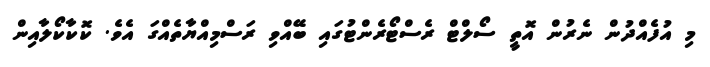
މި އުފެއްދުން ނެރުން އޮތީ ސޯލްޓް ރެސްޓޯރެންޓުގައި ބޭއްވި ރަސްމިއްޔާތެއްގަ އެވެ. ކޮކާކޯލާއިން